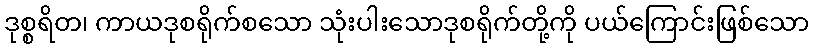
ဒုစ္စရိတ၊ ကာယဒုစရိုက်စသော သုံးပါးသောဒုစရိုက်တို့ကို ပယ်ကြောင်းဖြစ်သော